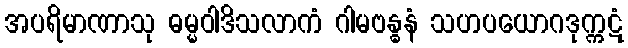
အပရိမာဏာသု ဓမ္မဝါဒိသလာကံ ဂါမဗန္ဓနံ သဟပယောဂဒုက္ကဋံ